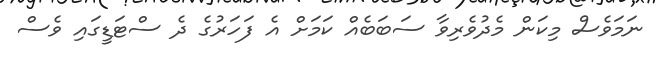
ނަމަވެސް މިކަން މެދުވެރިވާ ސަބަބެއް ކަމަށް އެ ފަހަރުގެ ދެ ސްޓަޑީގައި ވެސް